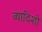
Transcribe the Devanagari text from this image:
व्यादिशो